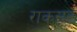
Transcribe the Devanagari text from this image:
राकसट